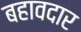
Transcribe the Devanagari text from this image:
बहावदार